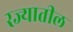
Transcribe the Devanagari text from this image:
रज्यातील